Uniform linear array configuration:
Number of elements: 48
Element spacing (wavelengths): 1
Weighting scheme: exponential
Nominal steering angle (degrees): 60
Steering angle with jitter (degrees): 61.753
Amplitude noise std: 0.05
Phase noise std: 0.05

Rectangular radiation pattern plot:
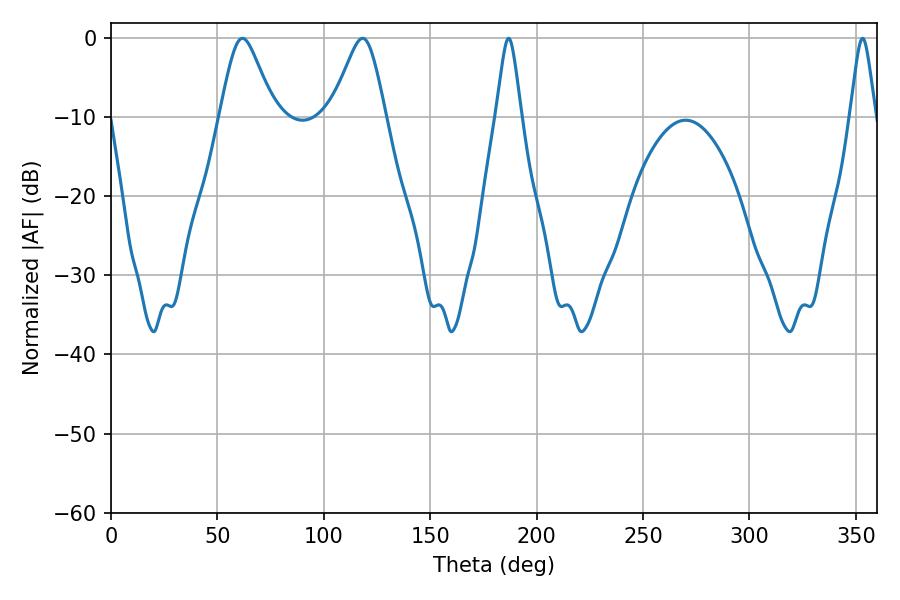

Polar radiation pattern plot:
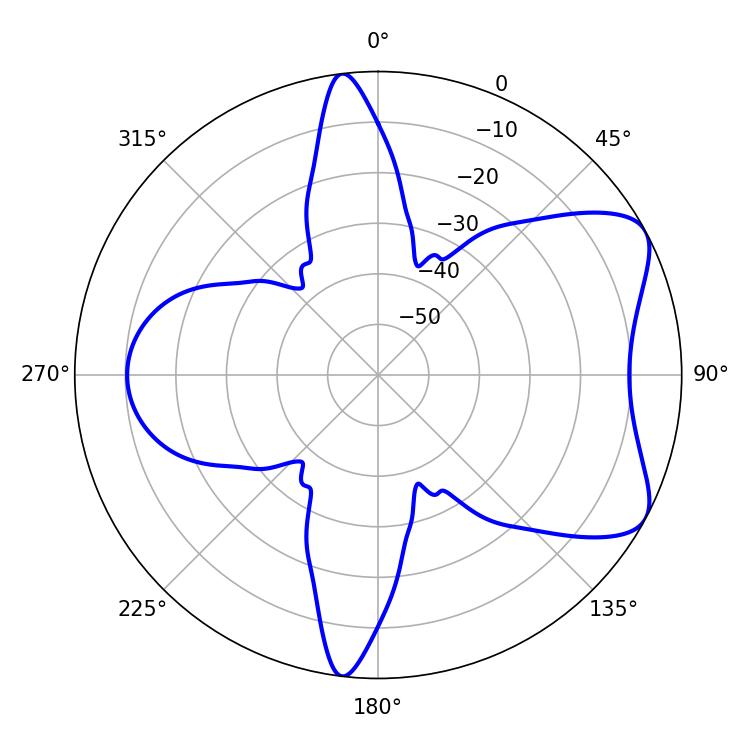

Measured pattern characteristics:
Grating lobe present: TRUE
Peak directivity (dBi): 6.825
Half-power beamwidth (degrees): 5.76
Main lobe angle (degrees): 186.84